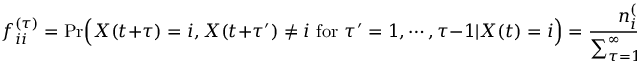
f _ { i i } ^ { ( \tau ) } = \mathrm { P r } \Big ( X ( t + \tau ) = i , X ( t + \tau ^ { \prime } ) \neq i \mathrm { ~ f o r ~ } \tau ^ { \prime } = 1 , \cdots , \tau - 1 | X ( t ) = i \Big ) = \frac { n _ { i i } ^ { ( \tau ) } } { \sum _ { \tau = 1 } ^ { \infty } n _ { i i } ^ { ( \tau ) } } \ ,